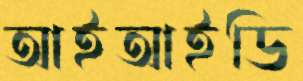
আইআইডি